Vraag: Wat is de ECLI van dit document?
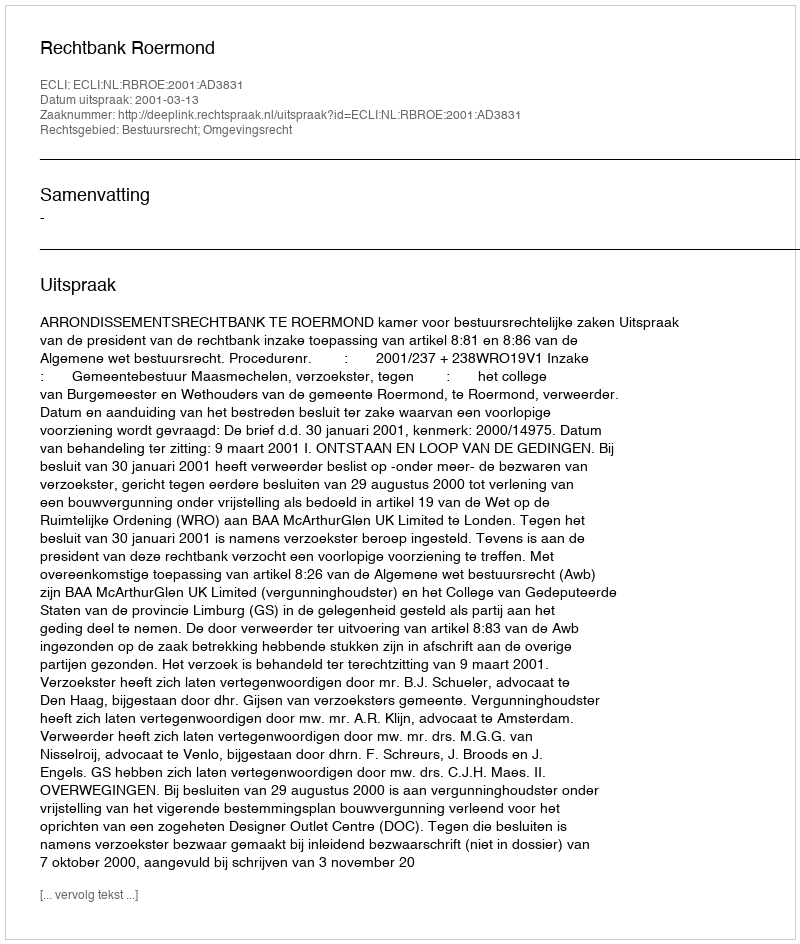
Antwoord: ECLI:NL:RBROE:2001:AD3831